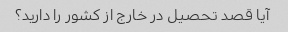
آیا قصد تحصیل در خارج از کشور را دارید؟